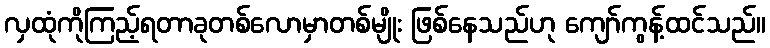
လှထုံကိုကြည့်ရတာခုတစ်လောမှာတစ်မျိုး ဖြစ်နေသည်ဟု ကျော်ကွန့်ထင်သည်။